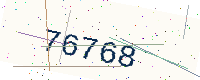
Text: 76768